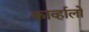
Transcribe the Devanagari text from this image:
काव्‍र्हालो